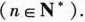
$$(n∈N^*).$$